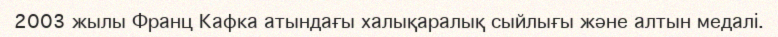
2003 жылы Франц Кафка атындағы халықаралық сыйлығы және алтын медалі.